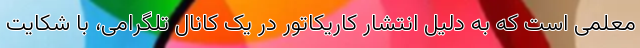
معلمی است که به دلیل انتشار کاریکاتور در یک کانال تلگرامی، با شکایت